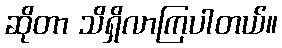
ဆိုတာ သိရှိလာကြပါတယ်။